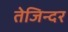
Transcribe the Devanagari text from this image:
तेजिन्दर